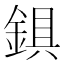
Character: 𨨣